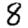
Digit: 8